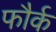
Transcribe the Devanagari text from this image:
फौर्क